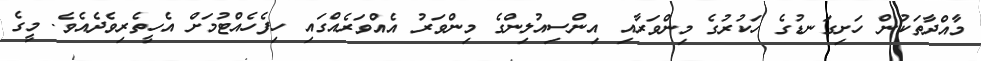
މާއްދާތަކުން ހަށިގަނޑުގެ ހަކުރުގެ މިންވަރާއި އިންސިއުލިންގެ މިންވަރު އެއްވަރެއްގައި ހިފެހެއްޓުމަށް އެހީތެރިވެދެއެވެ. މީގެ